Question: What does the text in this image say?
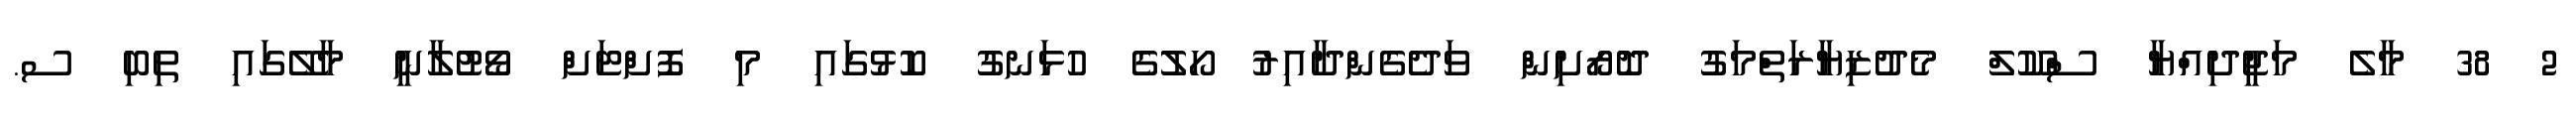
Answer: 2 38 މާލެ މަޖީދިއްޔާ ސްކޫލް މެދުޒިޔާރަތްމަގު ދޮރޯށިން ވަދެގެންދާއިރު ހޯލުގެ ހުޅަނގު ކޮޅުގައި މި ފޮށްޓަށް ވޯޓުލާނީ މާލޭގައި ތިބި ސ.